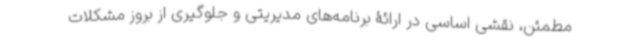
مطمئن، نقشی اساسی در ارائۀ برنامه‌های مدیریتی و جلوگیری از بروز مشکلات